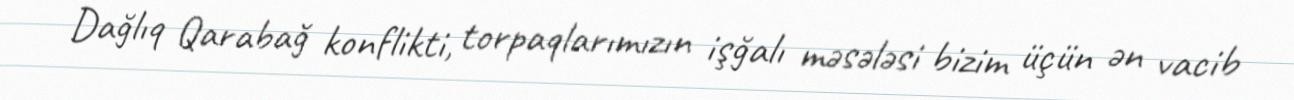
Dağlıq Qarabağ konflikti, torpaqlarımızın işğalı məsələsi bizim üçün ən vacib